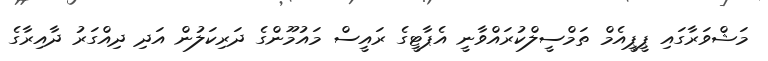
މަޝްވަރާގައި ޕީޕީއެމް ތަމްސީލްކުރައްވާނީ އެޕާޓީގެ ރައީސް މައުމޫންގެ ދަރިކަލުން އަދި ދިއްގަރު ދާއިރާގެ